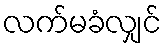
လက်မခံလျှင်